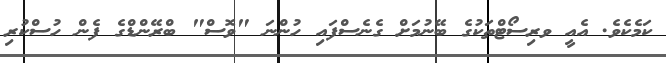
ކަމެކެވެ. އެއީ ވރިސޯޓްތަކުގެ ބޭނުމަށް ގެނެސްފައި ހުންނަ "ވޮސް" ބްރޭންޑްގެ ފެން ހުސްކުރި